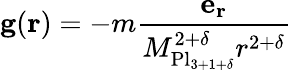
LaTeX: \mathbf{g}(\mathbf{r})=-m{\frac{\mathbf{e_{r}}}{M_{\mathrm{Pl}_{3+1+\delta}}^{2+\delta}r^{2+\delta}}}